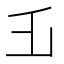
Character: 𠂜